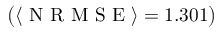
\big ( \langle \mathrm { ~ N ~ R ~ M ~ S ~ E ~ } \rangle = 1 . 3 0 1 \big )